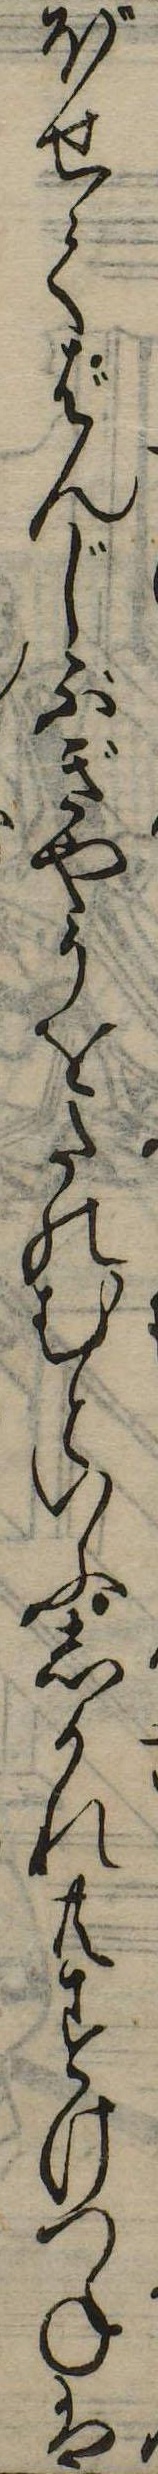
ぼせてばんじぶぎやうをたのむといふしかれ共すけつねは